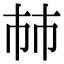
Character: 𢂏